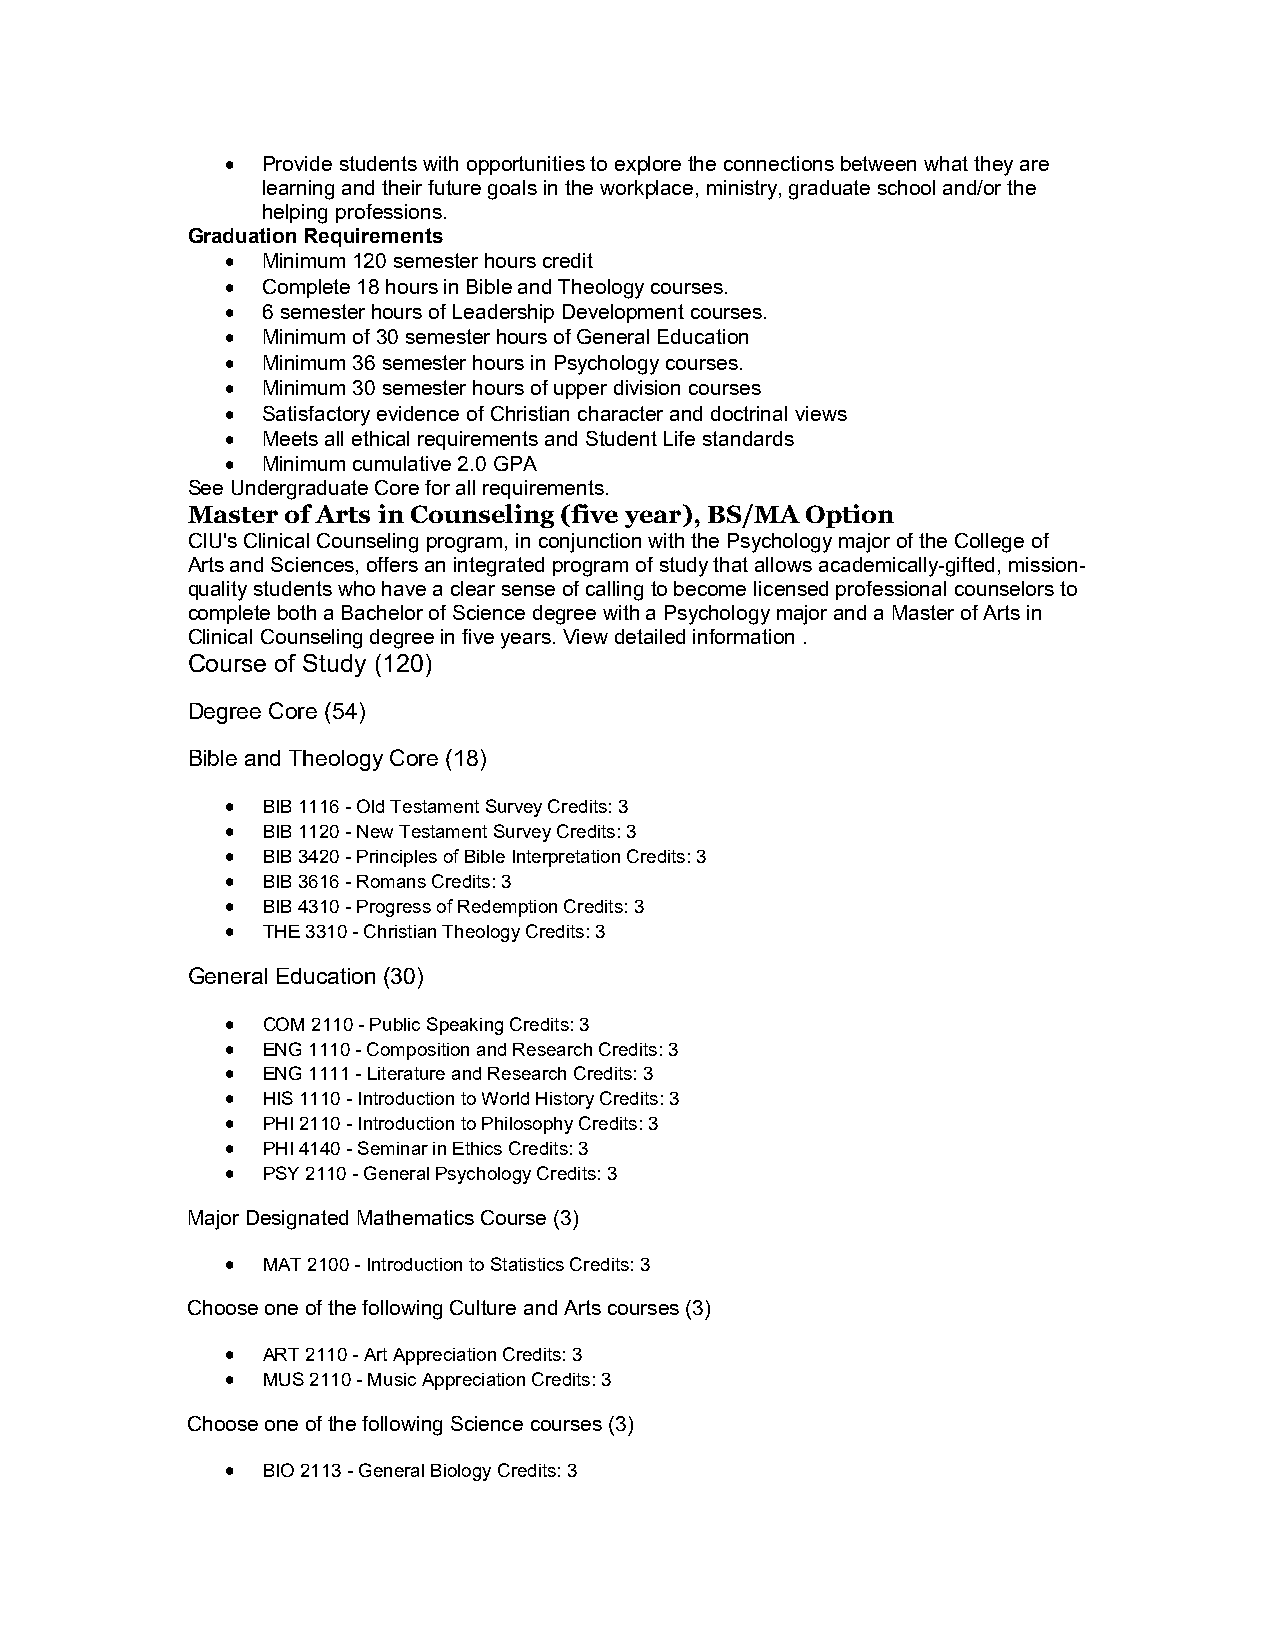
 Provide students with opportunities to explore the connections between what they are
 learning and their future goals in the workplace, ministry, graduate school and/or the
 helping professions.
 Graduation Requirements
  Minimum 120 semester hours credit
  Complete 18 hours in Bible and Theology courses.
  6 semester hours of Leadership Development courses.
  Minimum of 30 semester hours of General Education
  Minimum 36 semester hours in Psychology courses.
  Minimum 30 semester hours of upper division courses
  Satisfactory evidence of Christian character and doctrinal views
  Meets all ethical requirements and Student Life standards
  Minimum cumulative 2.0 GPA
 See Undergraduate Core for all requirements.
 Master of Arts in Counseling (five year), BS/MA Option
 CIU's Clinical Counseling program, in conjunction with the Psychology major of the College of
 Arts and Sciences, offers an integrated program of study that allows academically-gifted, mission-
 quality students who have a clear sense of calling to become licensed professional counselors to
 complete both a Bachelor of Science degree with a Psychology major and a Master of Arts in
 Clinical Counseling degree in five years. View detailed information .
 Course of Study (120)
 Degree Core (54)
 Bible and Theology Core (18)
  BIB 1116 - Old Testament Survey Credits: 3
  BIB 1120 - New Testament Survey Credits: 3
  BIB 3420 - Principles of Bible Interpretation Credits: 3
  BIB 3616 - Romans Credits: 3
  BIB 4310 - Progress of Redemption Credits: 3
  THE 3310 - Christian Theology Credits: 3
 General Education (30)
  COM 2110 - Public Speaking Credits: 3
  ENG 1110 - Composition and Research Credits: 3
  ENG 1111 - Literature and Research Credits: 3
  HIS 1110 - Introduction to World History Credits: 3
  PHI 2110 - Introduction to Philosophy Credits: 3
  PHI 4140 - Seminar in Ethics Credits: 3
  PSY 2110 - General Psychology Credits: 3
 Major Designated Mathematics Course (3)
  MAT 2100 - Introduction to Statistics Credits: 3
 Choose one of the following Culture and Arts courses (3)
  ART 2110 - Art Appreciation Credits: 3
  MUS 2110 - Music Appreciation Credits: 3
 Choose one of the following Science courses (3)
  BIO 2113 - General Biology Credits: 3